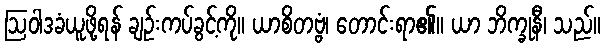
ဩဝါဒခံယူဖို့ရန် ချဉ်းကပ်ခွင့်ကို။ ယာစိတဗ္ဗံ၊ တောင်းရာ၏။ ယာ ဘိက္ခုနီ၊ သည်။